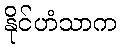
နိုင်ဟံသာက